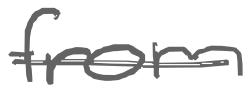
Text: from
Cross-out: single-line
Writing tool: digital_gray